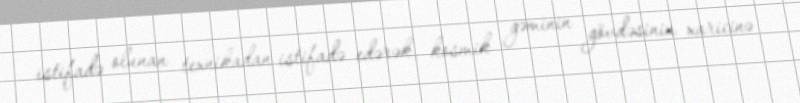
istifadə olunan texnikadan istifadə edərək, kosmik gəminin gövdəsinin xaricinə